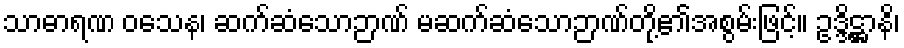
သာဓာရဏ ဝသေန၊ ဆက်ဆံသောဉာဏ် မဆက်ဆံသောဉာဏ်တို့၏အစွမ်းဖြင့်။ ဥဒ္ဒိဋ္ဌာနိ၊